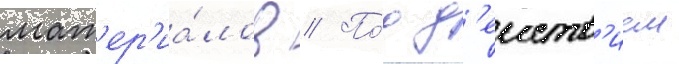
мат'ер'иа́лов // По́д д'еиств'ием